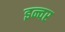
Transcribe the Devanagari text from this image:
इन्वर